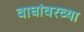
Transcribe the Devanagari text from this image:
वाघांवरच्या